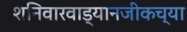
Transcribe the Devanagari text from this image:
शनिवारवाड्यानजीकच्या